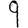
Digit: 9